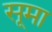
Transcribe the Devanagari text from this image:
सूमा